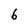
Character: 6